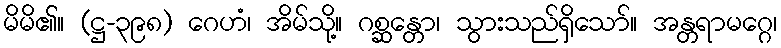
မိမိ၏။ (ဋ္ဌ-၃၉၈) ဂေဟံ၊ အိမ်သို့။ ဂစ္ဆန္တော၊ သွားသည်ရှိသော်။ အန္တရာမဂ္ဂေ၊